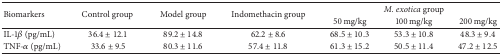
| <ROWSPAN=2> Biomarkers | <ROWSPAN=2> Control group | <ROWSPAN=2> Model group | <ROWSPAN=2> Indomethacin group | <COLSPAN=3> M. exotica group |
 | 50 mg/kg | 100 mg/kg | 200 mg/kg |
 | --- | --- | --- | --- | --- | --- | --- |
 | IL-1β (pg/mL) | 36.4 ± 12.1 | 89.2 ± 14.8 | 62.2 ± 8.6 | 68.5 ± 10.3 | 53.3 ± 10.8 | 48.3 ± 9.4 |
 | TNF-α (pg/mL) | 33.6 ± 9.5 | 80.3 ± 11.6 | 57.4 ± 11.8 | 61.3 ± 15.2 | 50.5 ± 11.4 | 47.2 ± 12.5 |